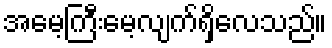
အမေ့ကြီးမေ့လျက်ရှိလေသည်။